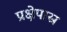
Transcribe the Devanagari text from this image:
प्रक्षेपास्र